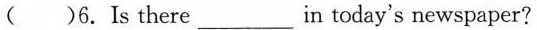
( )6.Is there_in today's newspaper?